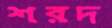
শরদ